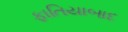
ફાતિયાબાદ